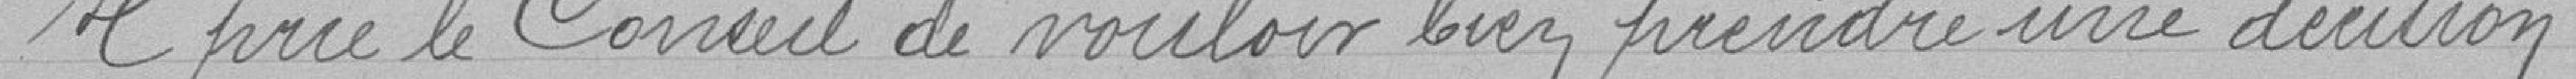
Il prie le Conseil de vouloir bien prendre une décision.